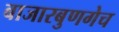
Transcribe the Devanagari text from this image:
बाजारबुणगेच